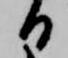
日